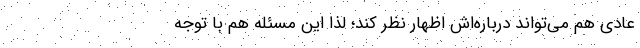
عادی هم می‌تواند درباره‌اش اظهار نظر کند؛ لذا این مسئله هم با توجه